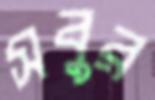
সবুর